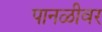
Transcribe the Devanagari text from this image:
पानळीवर